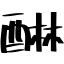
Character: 醂